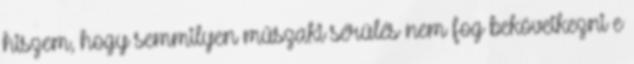
hiszem, hogy semmilyen műszaki sérülés nem fog bekövetkezni e